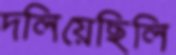
দলিয়েছিলি